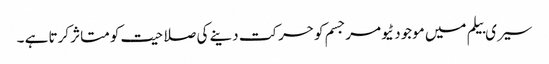
سیری بیلم میں موجود ٹیومرجسم کو حرکت دینے کی صلاحیت کو متاثر کرتا ہے ۔